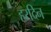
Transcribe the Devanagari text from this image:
हरदिन